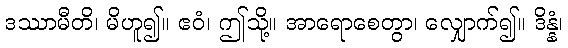
ဒဿာမီတိ၊ မိဟူ၍။ ဧဝံ၊ ဤသို့။ အာရောစေတွာ၊ လျှောက်၍။ ဒိန္နံ၊